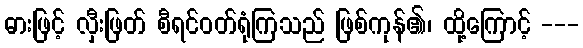
ဓားဖြင့် လှီးဖြတ် စီရင်ဝတ်ရုံကြသည် ဖြစ်ကုန်၏၊ ထို့ကြောင့် ---